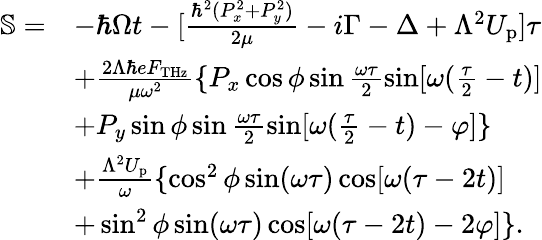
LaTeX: \begin{array}{rl}{\mathbb{S}=}&{-\hbar\Omega t-[\frac{\hbar^{2}(P_{x}^{2}+P_{y}^{2})}{2\mu}-i\Gamma-\Delta+\Lambda^{2}U_{\mathrm{p}}]\tau}\\ &{+\frac{2\Lambda\hbar eF_{\mathrm{THz}}}{\mu\omega^{2}}\{ P_{x}\cos\phi\sin\frac{\omega\tau}{2}\sin[\omega(\frac{\tau}{2}-t)]}\\ &{+P_{y}\sin\phi\sin\frac{\omega\tau}{2}\sin[\omega(\frac{\tau}{2}-t)-\varphi]\} }\\ &{+\frac{\Lambda^{2}U_{\mathrm{p}}}{\omega}\{ \cos^{2}\phi\sin(\omega\tau)\cos[\omega(\tau-2t)]}\\ &{+\sin^{2}\phi\sin(\omega\tau)\cos[\omega(\tau-2t)-2\varphi]\} .}\end{array}